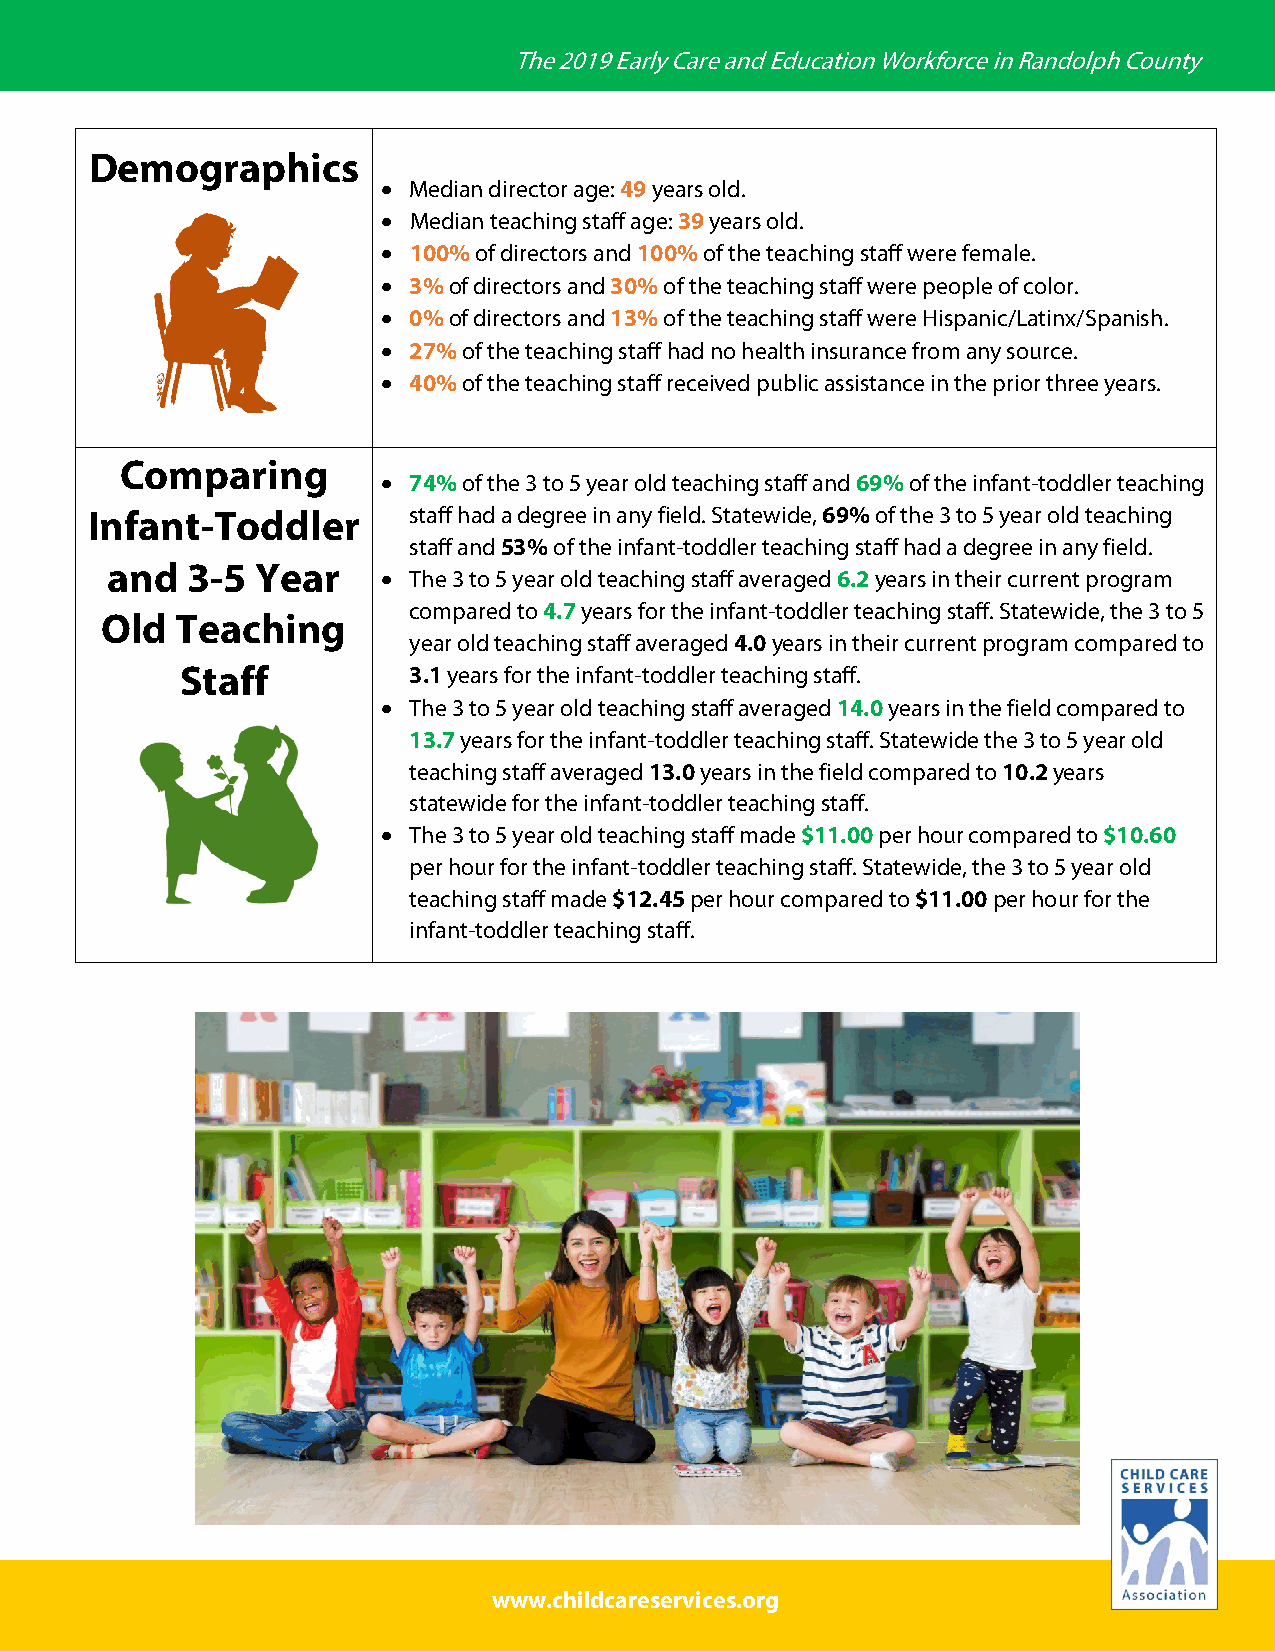
The 2019 Early Care and Education Workforce in Randolph County
 Demographics
 • Median director age: 49 years old.
 • Median teaching staff age: 39 years old.
 • 100% of directors and 100% of the teaching staff were female.
 • 3% of directors and 30% of the teaching staff were people of color.
 • 0% of directors and 13% of the teaching staff were Hispanic/Latinx/Spanish.
 • 27% of the teaching staff had no health insurance from any source.
 • 40% of the teaching staff received public assistance in the prior three years.
 Comparing
 • 74% of the 3 to 5 year old teaching staff and 69% of the infant-toddler teaching
 Infant-Toddler       staff had a degree in any field. Statewide, 69% of the 3 to 5 year old teaching
 staff and 53% of the infant-toddler teaching staff had a degree in any field.
 and  3-5  Year
 • The 3 to 5 year old teaching staff averaged 6.2 years in their current program
 compared to 4.7 years for the infant-toddler teaching staff. Statewide, the 3 to 5
 Old  Teaching
 year old teaching staff averaged 4.0 years in their current program compared to
 Staff          3.1 years for the infant-toddler teaching staff.
 • The 3 to 5 year old teaching staff averaged 14.0 years in the field compared to
 13.7 years for the infant-toddler teaching staff. Statewide the 3 to 5 year old
 teaching staff averaged 13.0 years in the field compared to 10.2 years
 statewide for the infant-toddler teaching staff.
 • The 3 to 5 year old teaching staff made $11.00 per hour compared to $10.60
 per hour for the infant-toddler teaching staff. Statewide, the 3 to 5 year old
 teaching staff made $12.45 per hour compared to $11.00 per hour for the
 infant-toddler teaching staff.
 www.childcareservices.org